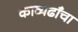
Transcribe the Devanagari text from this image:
काव्यढाँचा